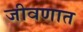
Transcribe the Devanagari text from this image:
जीवणात